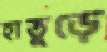
হাতুড়ে